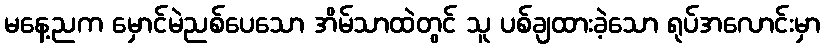
မနေ့ညက မှောင်မဲညစ်ပေသော အိမ်သာထဲတွင် သူ ပစ်ချထားခဲ့သော ရုပ်အလောင်းမှာ